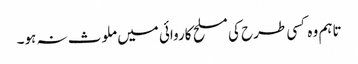
تاہم وہ کسی طرح کی مسلح کاروائی میں ملوث نہ ہو۔